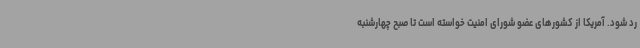
رد شود. آمریکا از کشورهای عضو شورای امنیت خواسته است تا صبح چهارشنبه